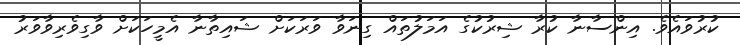
ކުރުވައެވެ. އިންސާނާ ކުރާ ޝިރުކުގެ އަމަލުތައް ގިނަވާ ވަރަކަށް ޝައިތާނާ އެމީހަކަށް ވާގިވެރިވާވަރު